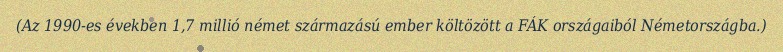
(Az 1990-es években 1,7 millió német származású ember költözött a FÁK országaiból Németországba.)